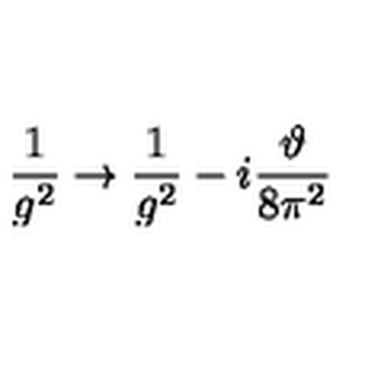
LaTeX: \frac { 1 } { g ^ { 2 } } \to \frac { 1 } { g ^ { 2 } } - i \frac { \vartheta } { 8 \pi ^ { 2 } }